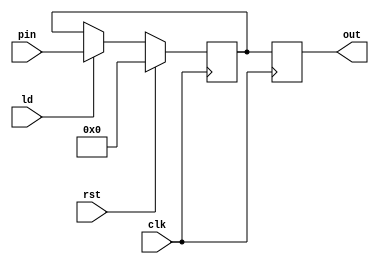
`timescale 1ps/1ps
module eight_bit_register(input clk , ld , rst ,input[7:0] pin , output reg [7:0] out);
    reg[7:0] val ; 
    always @(posedge clk) begin
        if (rst)
            val<=8'd0;
        else if (ld)
        begin
            val <= pin ;
        end
        out <= val ;
    end
endmodule
module twelve_bit_register(input clk , ld , rst ,input[11:0] pin , output reg [11:0] out);
    reg[11:0] val ; 
    always @(posedge clk) begin
        if (rst)
            val<=12'd0;
        else if (ld)
        begin
            val <= pin ;
        end
        out <= val ;
    end
endmodule